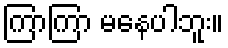
ကြာကြာ မနေပါဘူး။